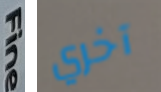
Fine آخري